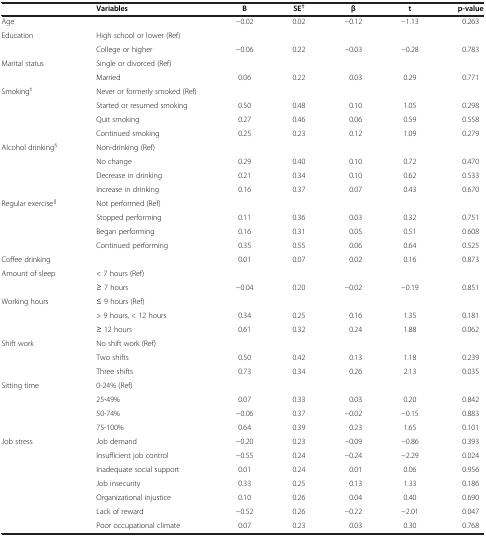
<table><thead><tr><td><b> </b></td><td><b>Variables</b></td><td><b>B</b></td><td><b>SE<sup>†</sup></b></td><td><b>β</b></td><td><b>t</b></td><td><b>p-value</b></td></tr></thead><tbody><tr><td>Age</td><td> </td><td>−0.02</td><td>0.02</td><td>−0.12</td><td>−1.13</td><td>0.263</td></tr><tr><td>Education</td><td>High school or lower (Ref)</td><td> </td><td> </td><td> </td><td> </td><td> </td></tr><tr><td> </td><td>College or higher</td><td>−0.06</td><td>0.22</td><td>−0.03</td><td>−0.28</td><td>0.783</td></tr><tr><td>Marital status</td><td>Single or divorced (Ref)</td><td> </td><td> </td><td> </td><td> </td><td> </td></tr><tr><td> </td><td>Married</td><td>0.06</td><td>0.22</td><td>0.03</td><td>0.29</td><td>0.771</td></tr><tr><td>Smoking<sup>‡</sup></td><td>Never or formerly smoked (Ref)</td><td> </td><td> </td><td> </td><td> </td><td> </td></tr><tr><td> </td><td>Started or resumed smoking</td><td>0.50</td><td>0.48</td><td>0.10</td><td>1.05</td><td>0.298</td></tr><tr><td> </td><td>Quit smoking</td><td>0.27</td><td>0.46</td><td>0.06</td><td>0.59</td><td>0.558</td></tr><tr><td> </td><td>Continued smoking</td><td>0.25</td><td>0.23</td><td>0.12</td><td>1.09</td><td>0.279</td></tr><tr><td>Alcohol drinking<sup>§</sup></td><td>Non-drinking (Ref)</td><td> </td><td> </td><td> </td><td> </td><td> </td></tr><tr><td> </td><td>No change</td><td>0.29</td><td>0.40</td><td>0.10</td><td>0.72</td><td>0.470</td></tr><tr><td> </td><td>Decrease in drinking</td><td>0.21</td><td>0.34</td><td>0.10</td><td>0.62</td><td>0.533</td></tr><tr><td> </td><td>Increase in drinking</td><td>0.16</td><td>0.37</td><td>0.07</td><td>0.43</td><td>0.670</td></tr><tr><td>Regular exercise<sup>∥</sup></td><td>Not performed (Ref)</td><td> </td><td> </td><td> </td><td> </td><td> </td></tr><tr><td> </td><td>Stopped performing</td><td>0.11</td><td>0.36</td><td>0.03</td><td>0.32</td><td>0.751</td></tr><tr><td> </td><td>Began performing</td><td>0.16</td><td>0.31</td><td>0.05</td><td>0.51</td><td>0.608</td></tr><tr><td> </td><td>Continued performing</td><td>0.35</td><td>0.55</td><td>0.06</td><td>0.64</td><td>0.525</td></tr><tr><td>Coffee drinking</td><td> </td><td>0.01</td><td>0.07</td><td>0.02</td><td>0.16</td><td>0.873</td></tr><tr><td>Amount of sleep</td><td>&lt; 7 hours (Ref)</td><td> </td><td> </td><td> </td><td> </td><td> </td></tr><tr><td> </td><td>≥ 7 hours</td><td>−0.04</td><td>0.20</td><td>−0.02</td><td>−0.19</td><td>0.851</td></tr><tr><td>Working hours</td><td>≤ 9 hours (Ref)</td><td> </td><td> </td><td> </td><td> </td><td> </td></tr><tr><td> </td><td>&gt; 9 hours, &lt; 12 hours</td><td>0.34</td><td>0.25</td><td>0.16</td><td>1.35</td><td>0.181</td></tr><tr><td> </td><td>≥ 12 hours</td><td>0.61</td><td>0.32</td><td>0.24</td><td>1.88</td><td>0.062</td></tr><tr><td>Shift work</td><td>No shift work (Ref)</td><td> </td><td> </td><td> </td><td> </td><td> </td></tr><tr><td> </td><td>Two shifts</td><td>0.50</td><td>0.42</td><td>0.13</td><td>1.18</td><td>0.239</td></tr><tr><td> </td><td>Three shifts</td><td>0.73</td><td>0.34</td><td>0.26</td><td>2.13</td><td>0.035</td></tr><tr><td>Sitting time</td><td>0-24% (Ref)</td><td> </td><td> </td><td> </td><td> </td><td> </td></tr><tr><td> </td><td>25-49%</td><td>0.07</td><td>0.33</td><td>0.03</td><td>0.20</td><td>0.842</td></tr><tr><td> </td><td>50-74%</td><td>−0.06</td><td>0.37</td><td>−0.02</td><td>−0.15</td><td>0.883</td></tr><tr><td> </td><td>75-100%</td><td>0.64</td><td>0.39</td><td>0.23</td><td>1.65</td><td>0.101</td></tr><tr><td>Job stress</td><td>Job demand</td><td>−0.20</td><td>0.23</td><td>−0.09</td><td>−0.86</td><td>0.393</td></tr><tr><td> </td><td>Insufficient job control</td><td>−0.55</td><td>0.24</td><td>−0.24</td><td>−2.29</td><td>0.024</td></tr><tr><td> </td><td>Inadequate social support</td><td>0.01</td><td>0.24</td><td>0.01</td><td>0.06</td><td>0.956</td></tr><tr><td> </td><td>Job insecurity</td><td>0.33</td><td>0.25</td><td>0.13</td><td>1.33</td><td>0.186</td></tr><tr><td> </td><td>Organizational injustice</td><td>0.10</td><td>0.26</td><td>0.04</td><td>0.40</td><td>0.690</td></tr><tr><td> </td><td>Lack of reward</td><td>−0.52</td><td>0.26</td><td>−0.22</td><td>−2.01</td><td>0.047</td></tr><tr><td> </td><td>Poor occupational climate</td><td>0.07</td><td>0.23</td><td>0.03</td><td>0.30</td><td>0.768</td></tr></tbody></table>